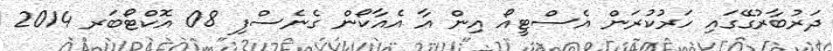
ދަރުބާރުގޭގައި ހަރުކުރަން އެސްޓީއޯ އިން އާ އެއާކޯން ގެނެސްފި 08 އޮކްޓޯބަރ 2014